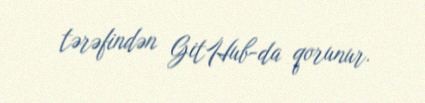
tərəfindən GitHub-da qorunur.